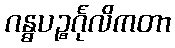
ဂန္ဓပဉ္စင်္ဂုလိကတာ